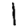
Digit: 1